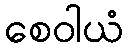
စေဝါယံ